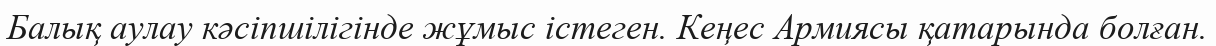
Балық аулау кәсіпшілігінде жұмыс істеген. Кеңес Армиясы қатарында болған.